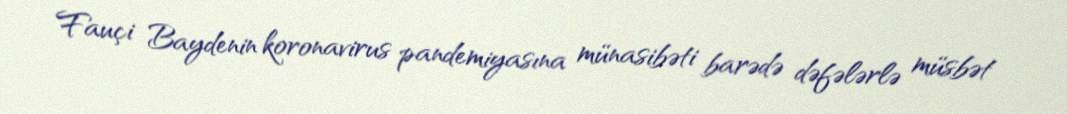
Fauçi Baydenin koronavirus pandemiyasına münasibəti barədə dəfələrlə müsbət